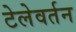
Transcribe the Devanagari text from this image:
टेलेवर्तन